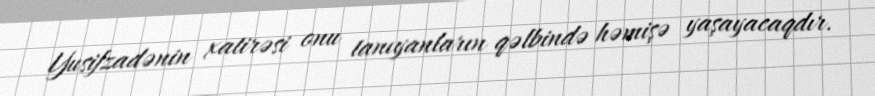
Yusifzadənin xatirəsi onu tanıyanların qəlbində həmişə yaşayacaqdır.